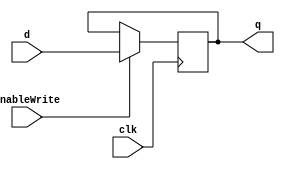
module Register32b(
    clk,
    enableWrite,
    d,
    q
);
    input wire clk;
    input wire enableWrite;
    input wire [31:0] d;
    output reg [31:0] q;

    always @(posedge clk) begin
        if (enableWrite)
            q <= d;
    end

endmodule